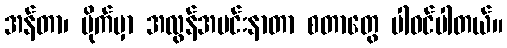
အန်တာ၊ ဗိုက်မှာ အလွန်အမင်းနာတာ စတာတွေ ပါဝင်ပါတယ်။